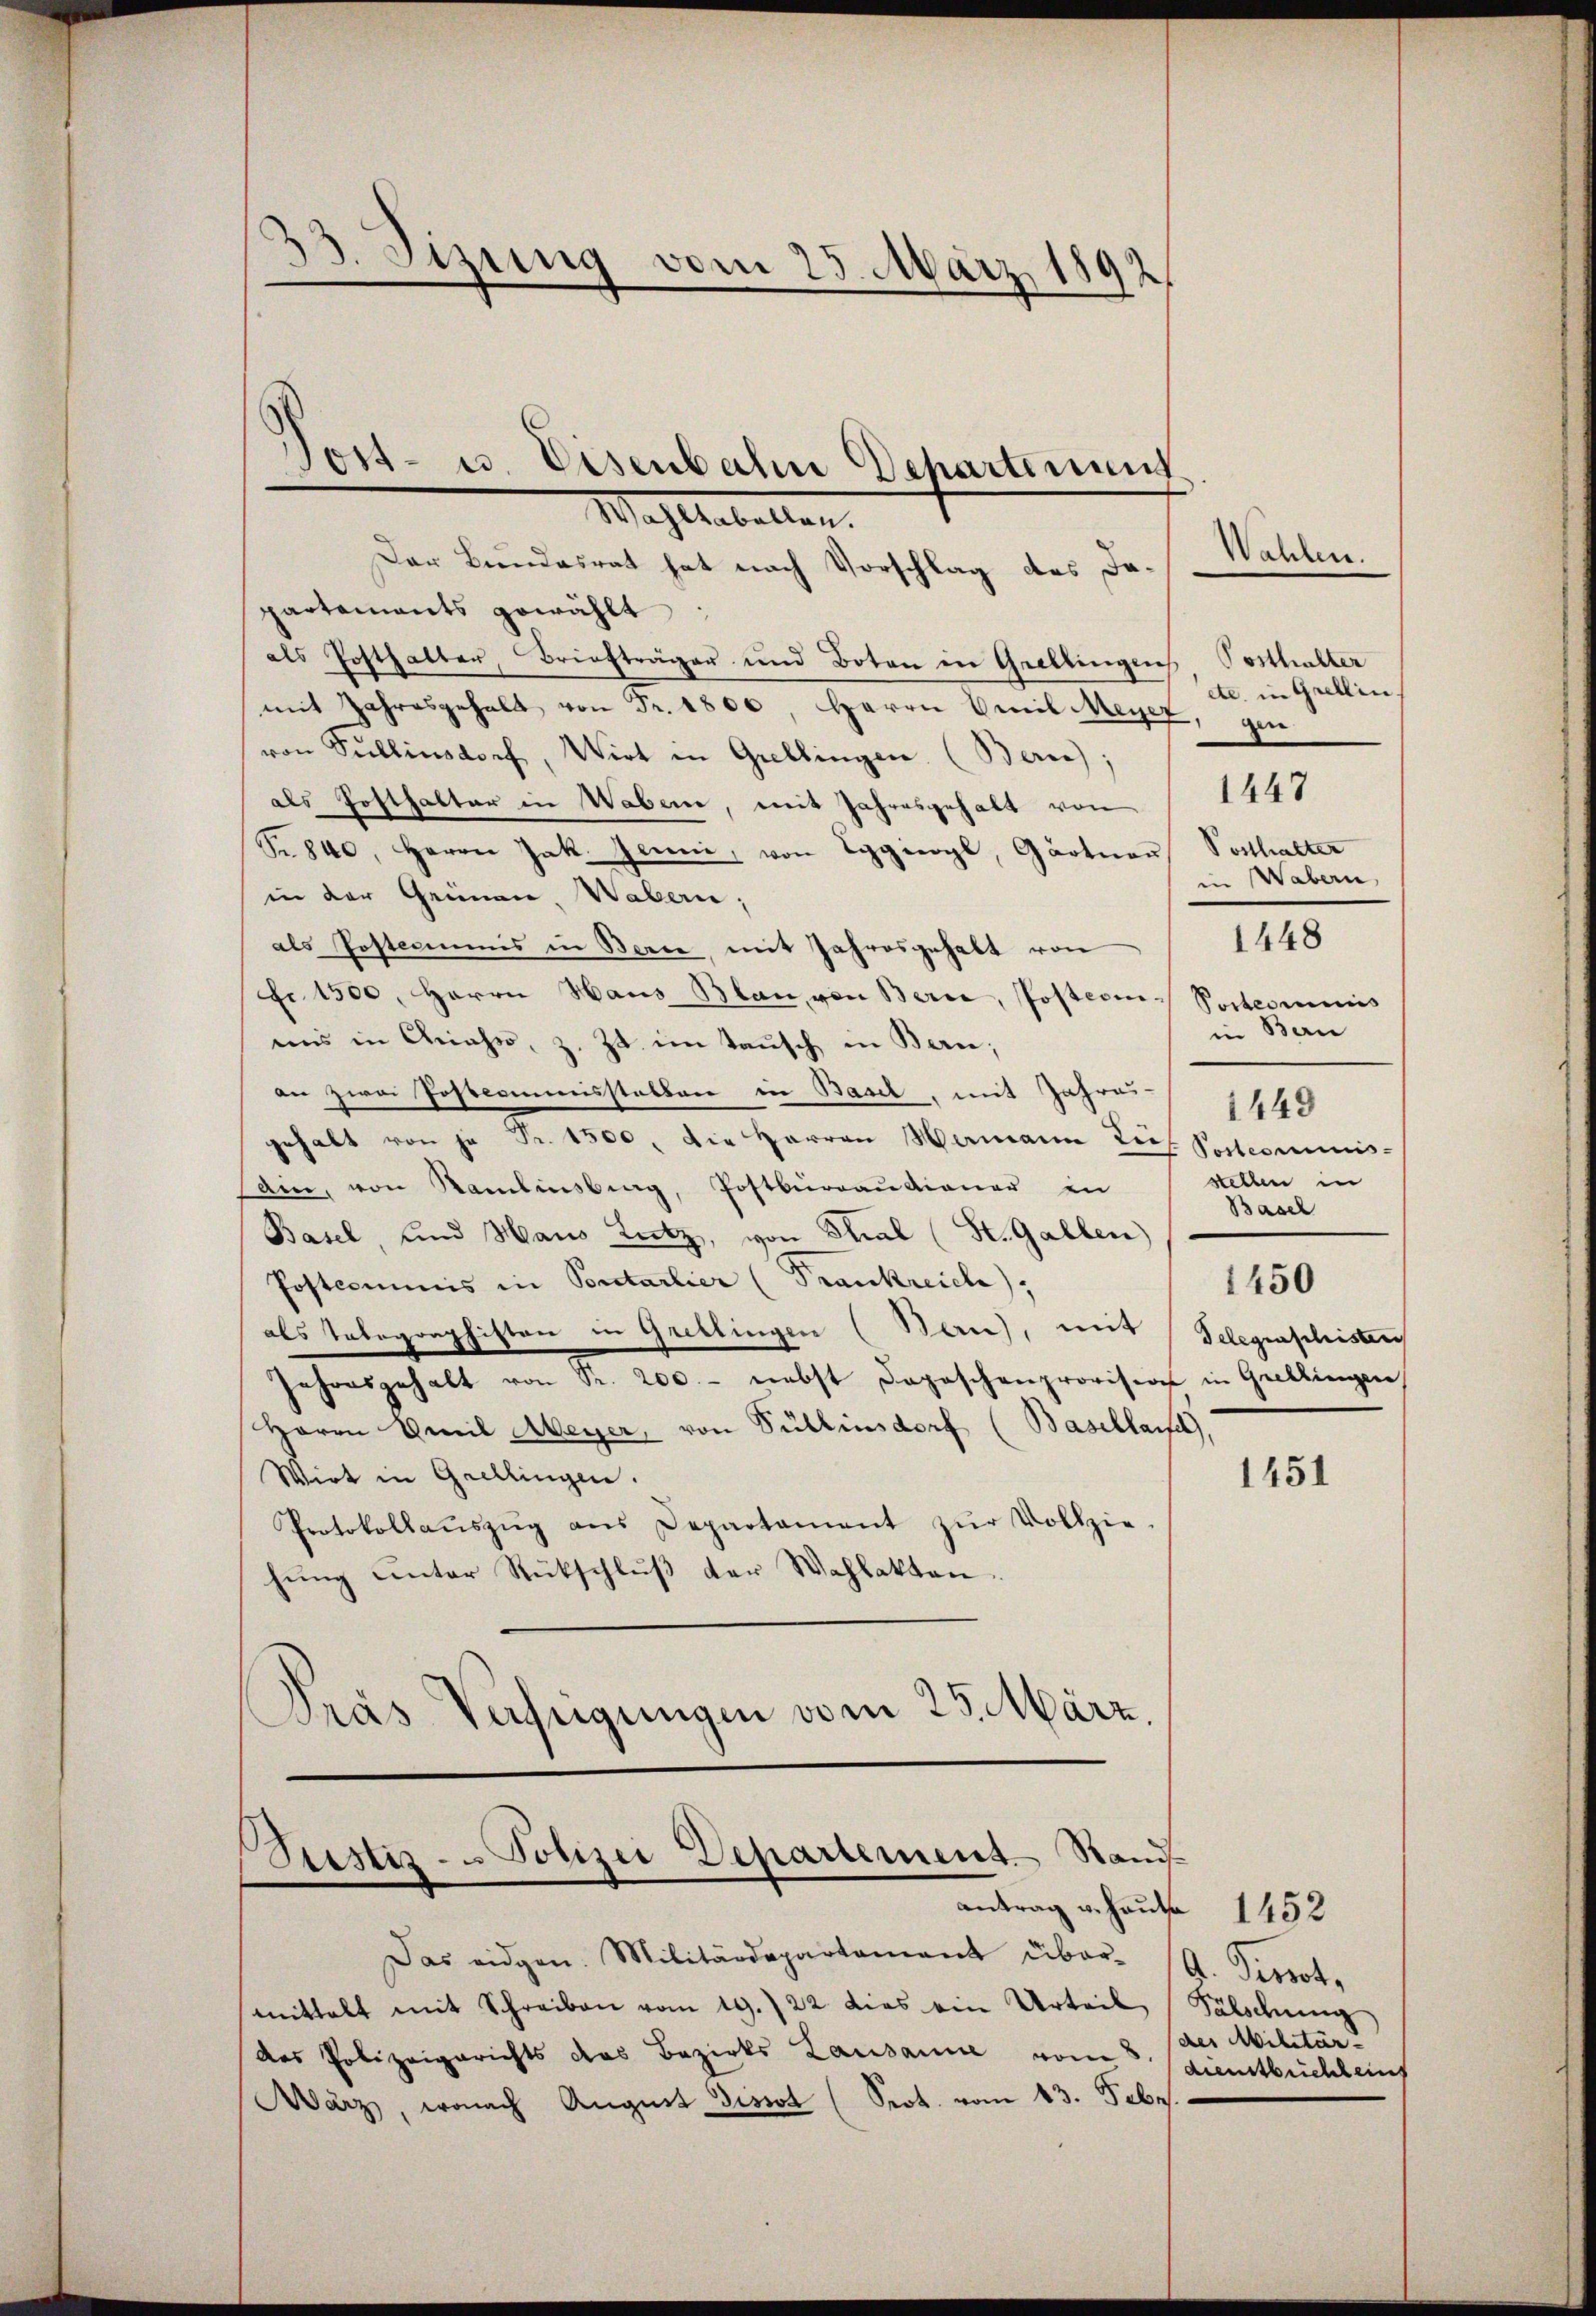
33. Sizung vom 25. März 1892.

Der Bundesrat hat nach Vorschlag des Dapartaments gewählt:
als Posthalter, Briefträger und Boten in Grellingen Posthalter
mit Jahresgehalt von Fr. 1800 Herrn Emil Meyer
von Füllensdorf, Wirt in Grellingen. (Bern);
als Hofthalter in Wabene, mit Jahresgehalt von
Nr. 840, Herrn Jak. Jenne, von Eggiogl, Gärtner Posthalter
in der Grünen, Wabern,
als Postecommis in Berce, mit Jahresgehabt von
fr. 1500, Herrn Haus Blan, von Berne, Posterin- Peterminis
eins in Anahe, z. Zt. im Tausch in Bern;
an zwei Postcommisstatten in Basel, mit Jahres-
gehalt von je Fr. 1500. die Herren Hermann Lief Postcommis-
sain, von Kamlinsberg, Postbüraŭtioner in stellen in
Basel, und Haus Lutz, von Thal (St. Gallen)
Postcommis in Portarlier (Frankreich),
1450
als Telegraphisten in Gretlingen (Ban), mit
Jahresgehalt von Sr. 200.- nebst Depeschenprovision in Grellingen
Herrn Emil Meyer, von Süllinsdorf (Basellarsch
Wirt in Grellingen.
Protokollaŭszŭg ans Departament zŭr Vollzie-
hŭng unter Rückschlŭβ der Wahlakten.
Dras Verfügungen vom 25. März,

Post- u. Eisenbahn Departement.
Nach liebellen.

Justiz - Polizei Departement Stand-
antrag u. Hause 1452

Das eidgen. Militärdepartament über- (A. Pirrot.
mittelt mit Schreiben vom 19./22 dies ein Urteil Fälschung
das Polizeigerichts das Bezirks Lausanne vom 5. Dienstbuchlauch
Wärz, wonach August dissot (Sept. vom 13. Febr

etc. in Grellin
gen

1447

in Wabern,

1448

in Bern
1449
Basel

Delegenschristen

Wählen.

1451

des Militär-